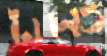
টানেও